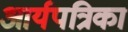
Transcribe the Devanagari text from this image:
आर्यपत्रिका